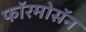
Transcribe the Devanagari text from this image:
फॉरमोसॅन